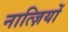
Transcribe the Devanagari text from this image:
नात्ज़ियों